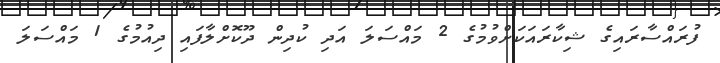
ފުރައްސާރައިގެ ޝިކާރައަކަށްވުމުގެ 2 މައްސަލަ އަދި ކުދިން ދޫކޮށްލާފައި ދިއުމުގެ 1 މައްސަލަ